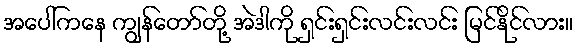
အပေါ်ကနေ ကျွန်တော်တို့ အဲဒါကို ရှင်းရှင်းလင်းလင်း မြင်နိုင်လား။